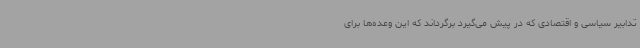
تدابیر سیاسی و اقتصادی که در پیش می‌گیرد برگرداند که این وعده‌ها برای